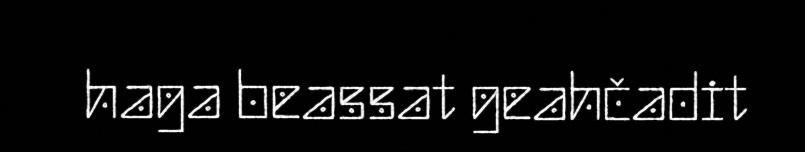
haga beassat geahčadit